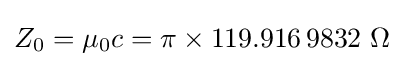
Z_{0}=\mu _{0}c=\pi \times 119.916\,9832~\Omega